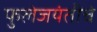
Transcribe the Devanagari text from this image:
फुलेजयंतीचे